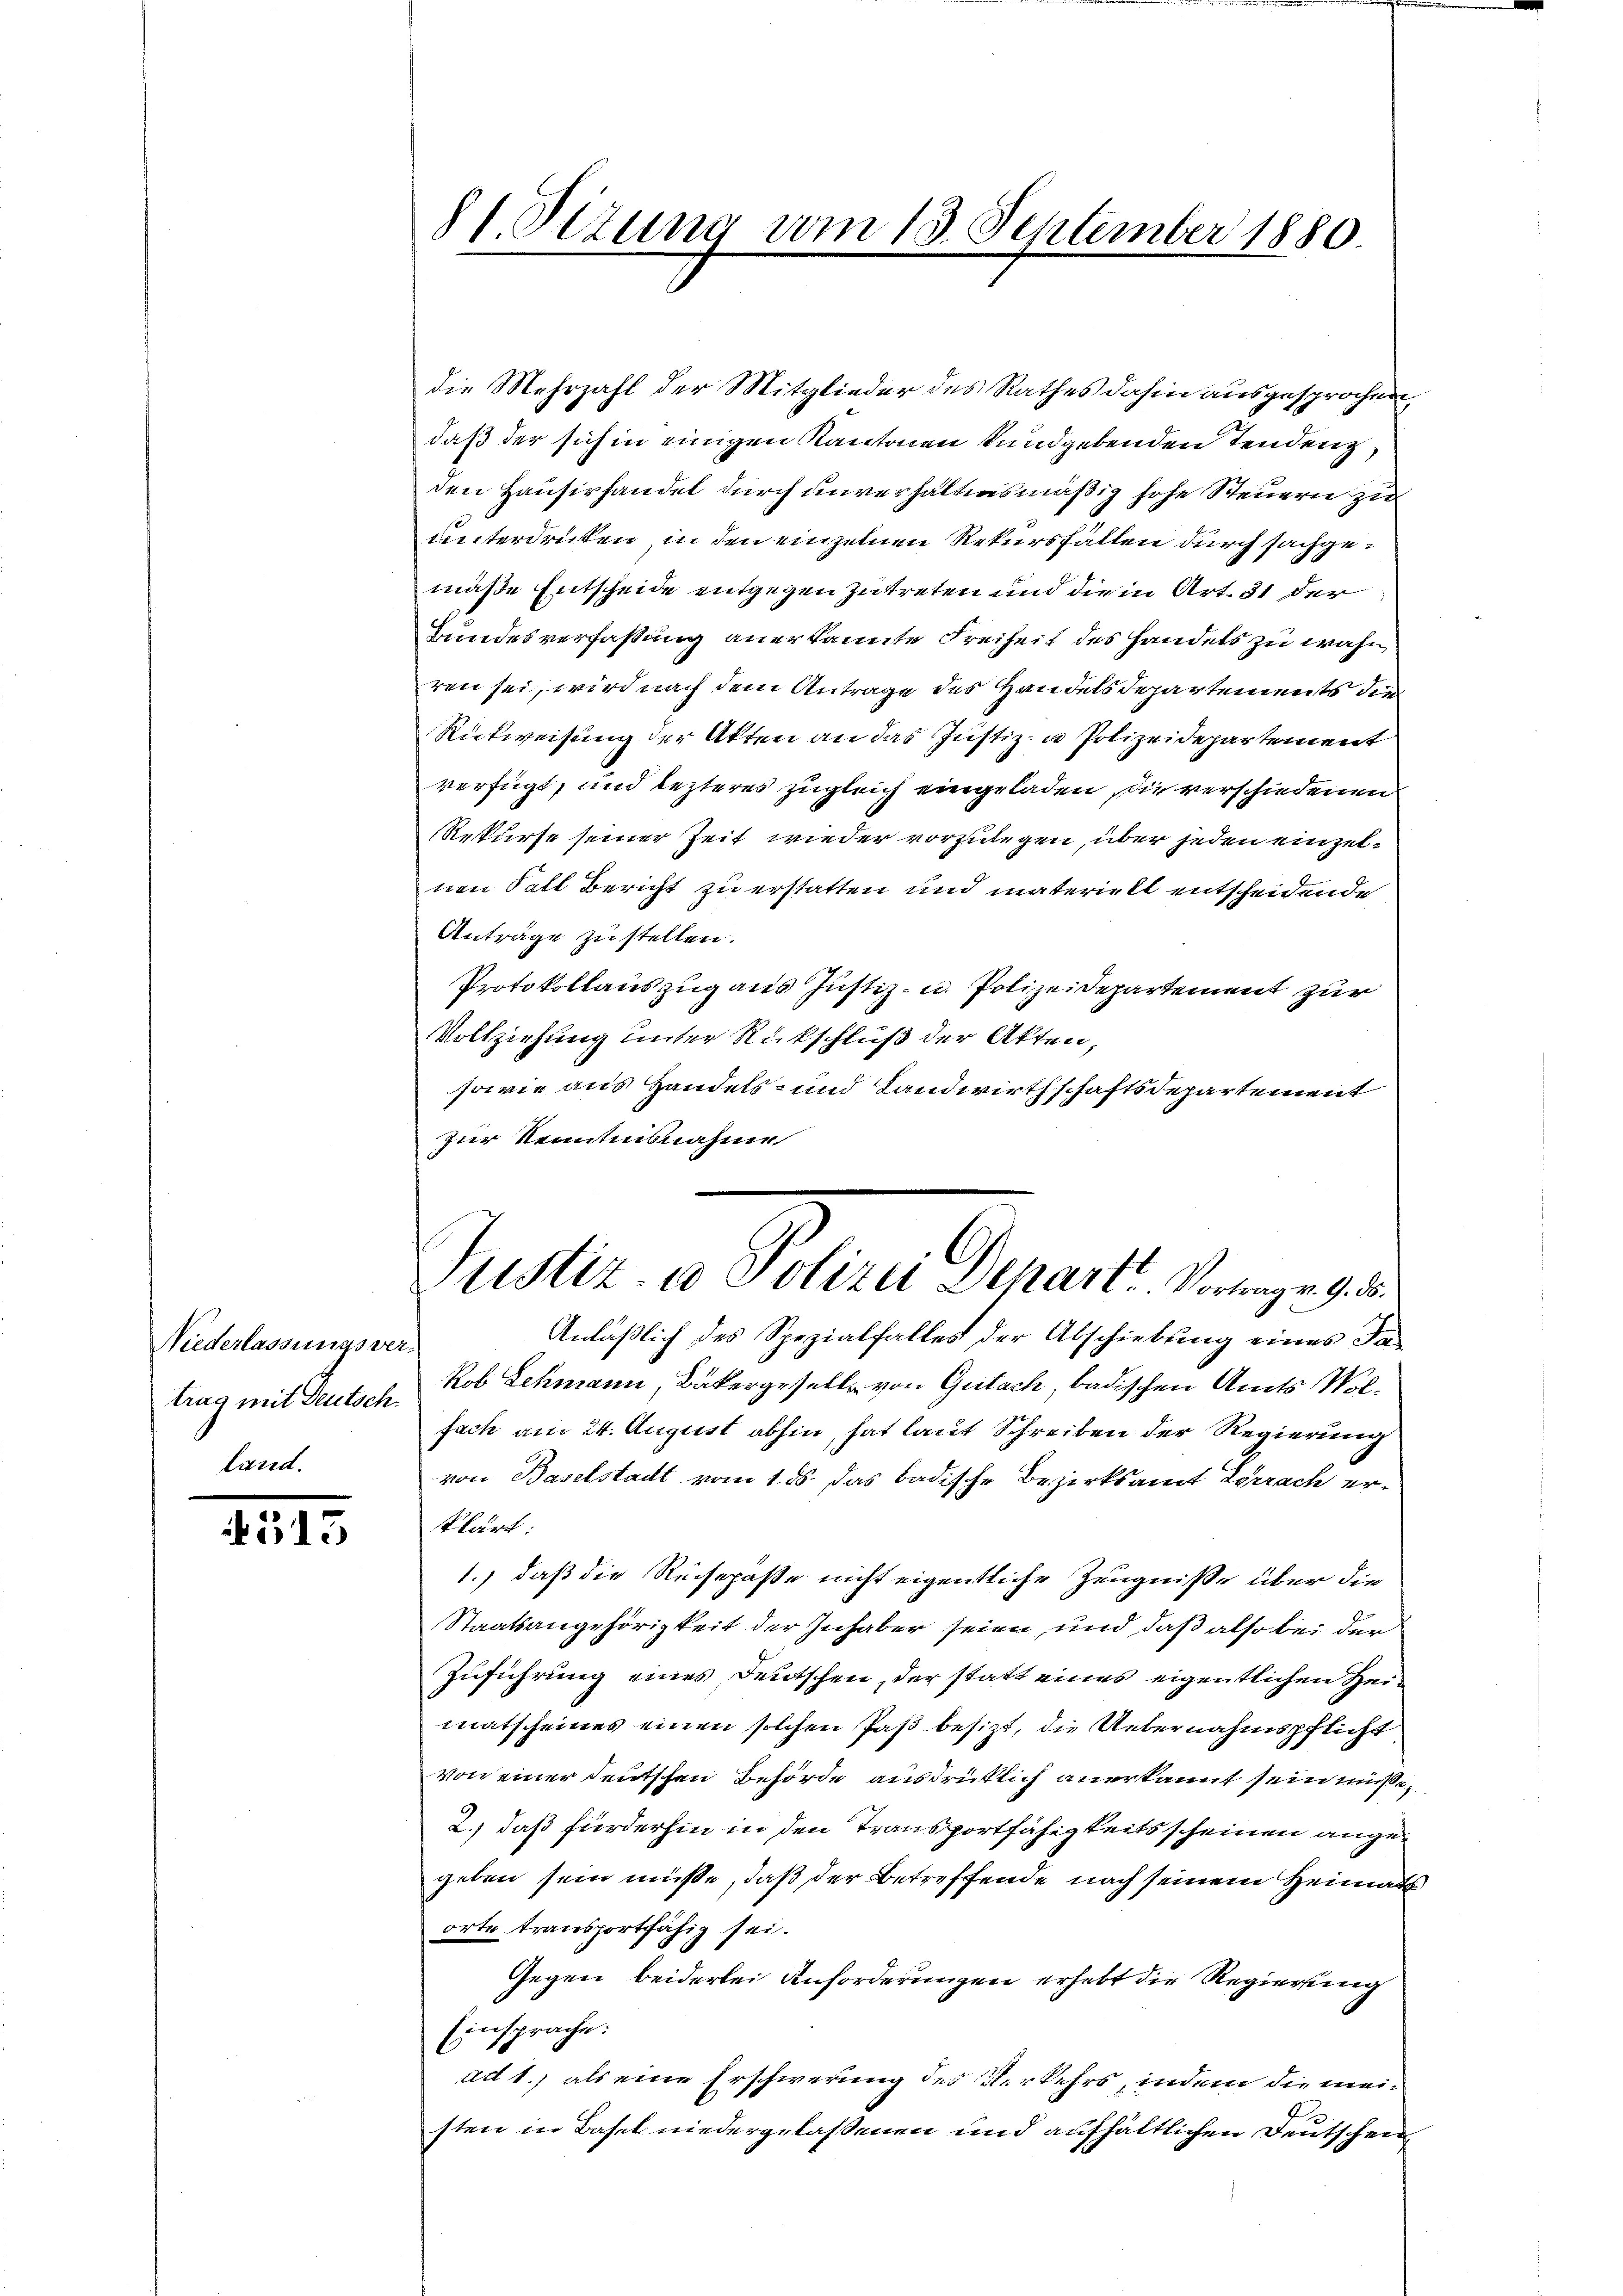
Niederlassungsver
trag mit Deutsch
land.

4513

81. Sizung vom 13. September 1880

die Mehrzahl der Mitglieder des Rathes dahin ausgesprochen,
daß der sich in einigen Kantonen kundgebenden Tendenz,
den Hausirhandel durch unverhältnismäßig hohe Steuern zu
unterdrücken, in den einzelnen Rekursfällen durch sachgemäße Entscheide entgegen zutreten und die in Art. 31 der
Bundesverfassung anerkannte Freiheit des Handels zu wahn
ren sei, wird nach dem Antrage des Handels Departements die
Rickweisung der Akten an das Justiz- u Polizeidepartement
verfügt, und lezteres zugleich eingeladen sie verschiedenen
Rekurse seiner Zeit wieder vorzulegen, über jeden einzelnen Fall Bericht zu erstatten und materielt entscheidende
Anträge zu stellen.
Protokollauszug aus Justiz- u. Polizeidepartement zur
Vollziehung unter Rückschluß der Akten,
sowie aus Handels- und Landwirthschaftsdepartement
zur Kenntnisnahme
Anläßlich des Spezialfalles der Abschiebung eines Fakob Schmann, Bäkergesell von Gutach badischen Amts Wolfach am 24. August abhin, hat laut Schreiben der Regierung
von Baselstadt vom 1. ds. das badische Bezirksamt Lörrach erklärt:
1.) daß die Reisepaßte nicht eigentliche Zeugniße über die
Staatsangehörigkeit der Inhaber seien, und daß also bei der
Zuführung eines Deutschen, der statt eines eigentlichen Heimatscheines einen solchen Paß besizt, die Uebernahmspflicht
von einer deutschen Behörde ausdrücklich anerkannt sein müsse,
2.) daß fürderhin in den Transportfähigkeits scheinen angegeben sein müße, daß der Betreffende nach seinem Heimats
orte transportfähig sei.
Gegen beiderlei Anforderungen erhebt die Regierung
Einsprache:
ad 1., als eine Erschwerung des Verkehrs, indem die meisten in Basel niedergelassenen und aufhältlichen Deutschen

Justiz- u Polizei Dehart Vorlagen 9. d.